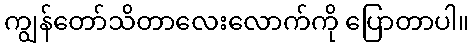
ကျွန်တော်သိတာလေးလောက်ကို ပြောတာပါ။